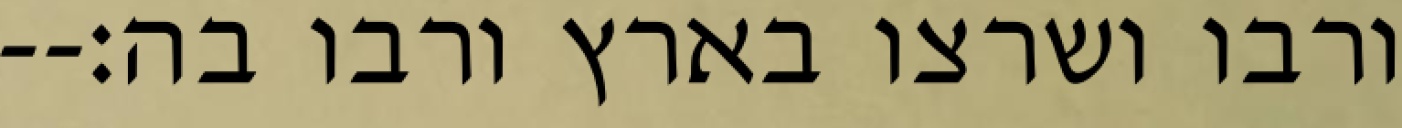
ורבו ושרצו בארץ ורבו בה׃--